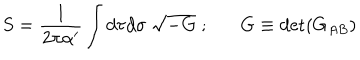
S = \frac { 1 } { 2 \pi \alpha ^ { \prime } } \int d \tau d \sigma \; \sqrt { - G } \; ; G \equiv { \mathrm { d e t } } ( G _ { A B } )